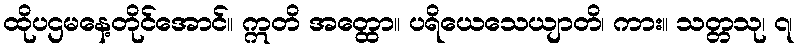
ထိုပဌမနေ့တိုင်အောင်။ ဣတိ အတ္ထော။ ပရိယေသေယျာတိ၊ ကား။ သတ္တသု၊ ၇၊